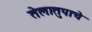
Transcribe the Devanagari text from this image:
तेलातुपाचे